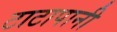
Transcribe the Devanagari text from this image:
टाटापानी